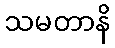
သမတာနိ